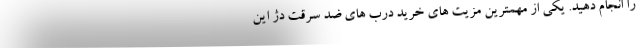
را انجام دهید. یکی از مهمترین مزیت های خرید درب های ضد سرقت دژ این